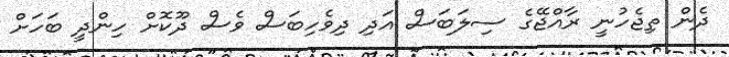
ދެން ތިޖެހުނީ ރާއްޖޭގެ ސިލަބަސް އަދި ދިވެހިބަސް ވެސް ދޫކޮށް ހިންދީ ބަހަށް